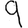
Digit: 9